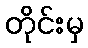
တိုင်းမှ